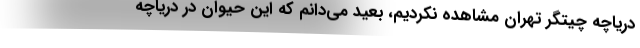
دریاچه چیتگر تهران مشاهده نکردیم، بعید می‌دانم که این حیوان در دریاچه